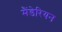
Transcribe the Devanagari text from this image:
मैंडेरियन